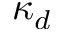
\kappa _ { d }